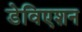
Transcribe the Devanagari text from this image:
डेविएशन